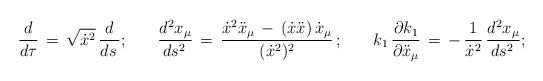
LaTeX: \begin{align*}\frac{d}{d\tau }\,=\,\sqrt {\dot x^2}\,\frac{d}{ds\,}{;}\qquad\frac{d^2 x_\mu}{ds^2\,} \,=\,\frac{\dot x^2\ddot x_\mu \,-\,(\dot x \ddot x)\,\dot x_\mu}{(\dot x^2)^2}\,{;}\qquad k_1\,\frac{\partial k_1}{\partial \ddot x_\mu}\,=\,-\,\frac{1}{\dot x^2}\,\frac{d^2 x_\mu}{ds^2\,}{;}\end{align*}